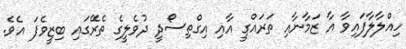
ހިއްލާލާފައިވާ އާ ޒަމާނާއި ތަރައްގީ އާއި އިގްތިސޯދީ ދުވެލީގެ ތެރޭގައި ބިޒީވެފަ އެވެ.